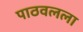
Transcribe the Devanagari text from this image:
पाठवलला